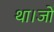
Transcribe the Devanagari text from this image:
था।जो